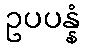
ဥပပန္နံ